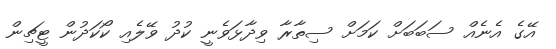
އޭގެ އެނެއް ސަބަބަށް ކަމަށް ސިތާރާ ވިދާޅަވެނީ ކުދު ވޭލެއި ކޯކަދުން ޓީޗިން